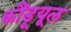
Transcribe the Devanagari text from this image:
कौंडूयूल